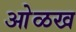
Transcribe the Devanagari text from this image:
आेळख